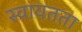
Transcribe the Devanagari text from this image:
स्‍वायतता